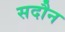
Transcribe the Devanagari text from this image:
सदौन